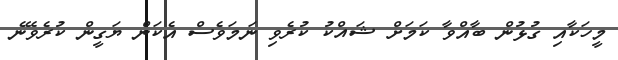
މީހަކާއި ގުޅުން ބާއްވާ ކަމަށް ޝައްކު ކުރެވި ނަމަވެސް އެކަން ޔަގީން ކުރެވޭނެ